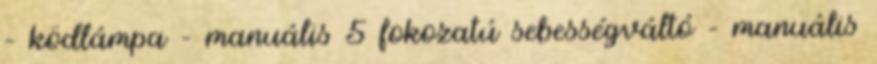
– ködlámpa – manuális 5 fokozatú sebességváltó – manuális